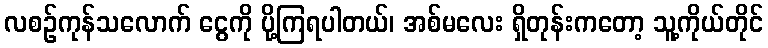
လစဉ်ကုန်သလောက် ငွေကို ပို့ကြရပါတယ်၊ အစ်မလေး ရှိတုန်းကတော့ သူ့ကိုယ်တိုင်